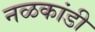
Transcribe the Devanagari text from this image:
नळकांडी